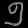
Digit: ၅